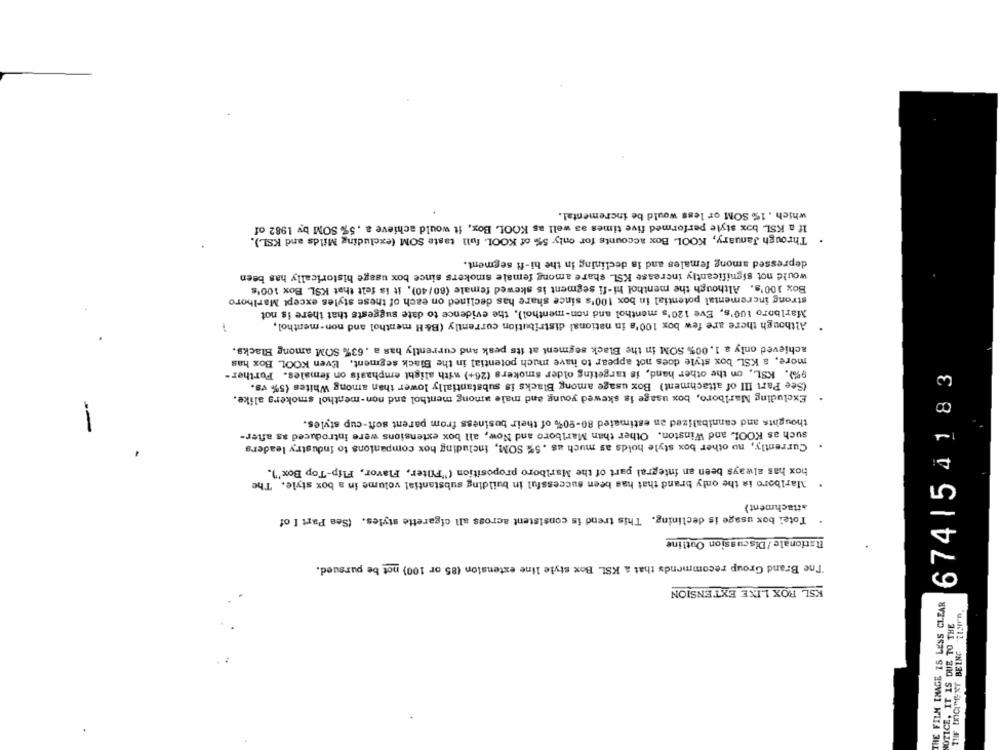
which . 1% SOM or less would be incremental.
If a KSL box style performed five times as well as KOOL Box, it would achieve a . 5% SOM by 1982 of
Through January, KOOL Box accounts for only 5% of KOOL full taste SOM (excluding Milds and KSL).
depressed among females and is declining in the hi-fi segment.
would not significantly increase KSL share among female smokers since box usage historically has been
Box 100's. Although the menthol hi-fi segment is skewed female (60/40), it is felt that KSL Box 100's
strong incremental potential in box 100's since share has declined on each of these styles except Marlboro
Marlboro 100's, Eve 120's menthol and non-menthol), the evidence to date suggests that there is not
Although there are few box 100's in national distribution currently (B&H menthol and non-menthol,
achieved only a 1. 00% SOM in the Black segment at its peak and currently has a . 63% SOM among Blacks.
more, a KSL box style does not appear to have much potential in the Black segment. Even KOOL Box has
9%). KSL, on the other hand, is targeting older smokers (26+) with alight emphasis on females. Further-
674| 5 41 83
(See Part III of attachment) Box usage among Blacks is substantially lower than among Whites (5% vs.
Excluding Marlboro, box usage is skewed young and male among menthol and non-menthol smokers alike.
thoughts and cannibalized an estimated 80-90% of their business from parent soft-cup styles.
such as KOOL and Winston. Other than Marlboro and Now, all box extensions were introduced as after-
Currently, no other box style holds as much as . 5% SOM, including hox companions to industry leaders
box has always been an integral part of the Marlboro proposition ("Filter, Flavor, Flip-Top Box").
Marlboro is the only brand that has been successful in building substantial volume in a box style. The
attachment>
Totel box usage is declining. This trend is consistent across all cigarette styles. (See Part I of
Rationale/Discussion Outline
The Brand Group recommends that a KSL Box style line extension (85 or 100) not be pursued.
KSL ROX LIKE EXTENSION
THE FILM IMAGE IS LESS CLEAR
TIF DOCITEXT BEING ZUMIn.
NOTICE, IT IS DUE TO THE